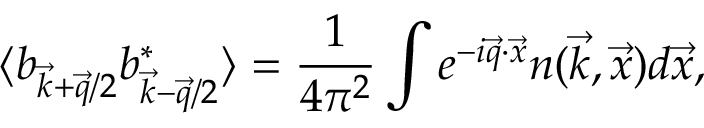
\langle b _ { \vec { k } + \vec { q } / 2 } b _ { \vec { k } - \vec { q } / 2 } ^ { * } \rangle = \frac { 1 } { 4 \pi ^ { 2 } } \int e ^ { - i \vec { q } \cdot \vec { x } } n ( \vec { k } , \vec { x } ) d \vec { x } ,